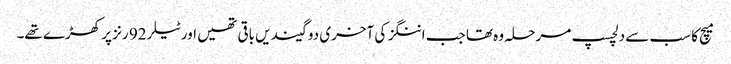
میچ کا سب سے دلچسپ مرحلہ وہ تھا جب اننگز کی آخری دو گیندیں باقی تھیں اور ٹیلر 92 رنز پر کھڑے تھے۔